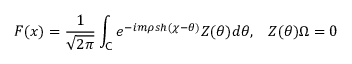
F ( x ) = \frac { 1 } { \sqrt { 2 \pi } } \int _ { \mathsf { C } } e ^ { - i m \rho s h ( \chi - \theta ) } Z ( \theta ) d \theta , \, \, \, \, \, Z ( \theta ) \Omega = 0 \, \,